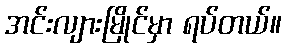
အင်းလျားမြိုင်မှာ ရပ်တယ်။